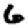
Digit: 6